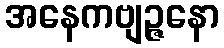
အနေကဗျဉ္ဇနော